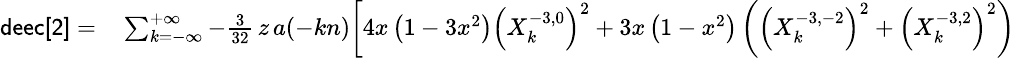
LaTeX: \small\begin{array}{rl}{{\sf deec[2]}=}&{{}\sum_{k=-\infty}^{+\infty}-\frac{3}{32}\, z\, a(-kn)\bigg[4x\left(1-3x^{2}\right)\left(X_{k}^{-3,0}\right)^{2}+3x\left(1-x^{2}\right)\left(\left(X_{k}^{-3,-2}\right)^{2}+\left(X_{k}^{-3,2}\right)^{2}\right)}\end{array}